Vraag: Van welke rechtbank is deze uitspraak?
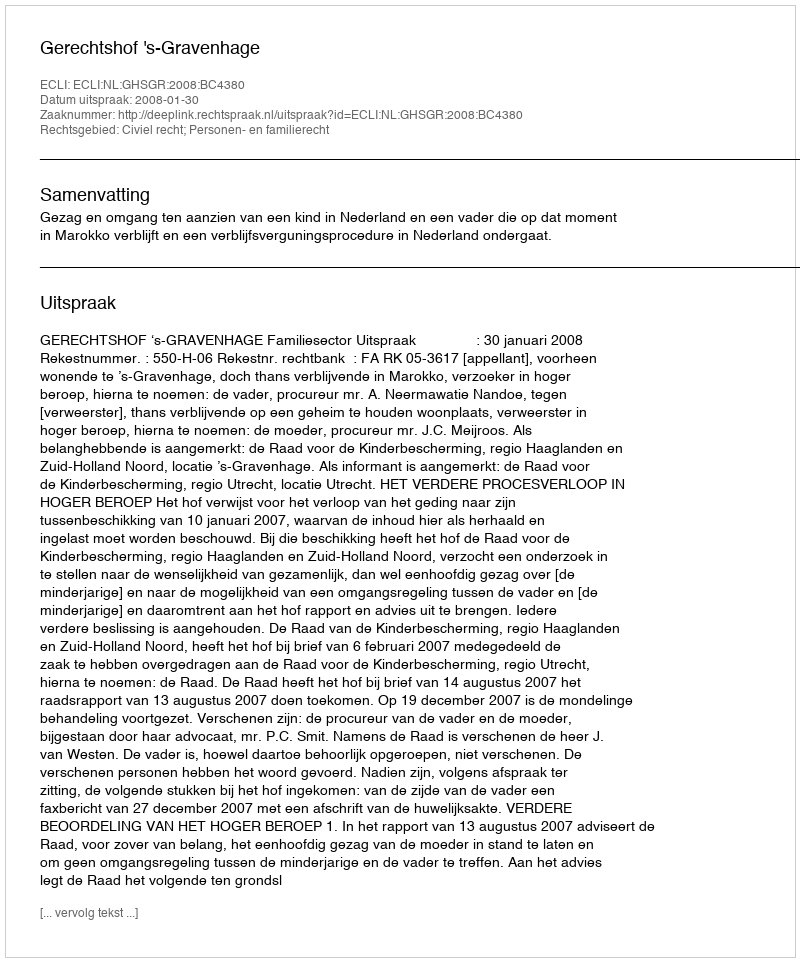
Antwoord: Gerechtshof 's-Gravenhage